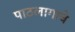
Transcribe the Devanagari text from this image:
पाठलागाचे